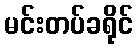
မင်းတပ်ခရိုင်